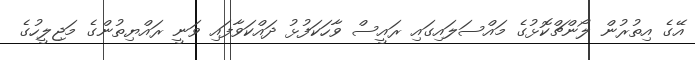
އޭގެ އިތުރުން ލޯންޗްކޮޅުގެ މައްސަލައިގައި ރައީސް ވާހަކަފުޅު ދައްކަވާފައި ވަނީ ރައްޔިތުންގެ މަޖިލީހުގެ